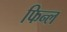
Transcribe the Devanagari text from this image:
फिन्ल